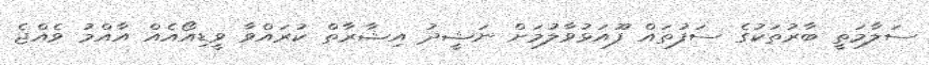
ސަލާމަތީ ބާރުތަކުގެ ސަފުތައް ފޫއަޅުވާލުމަށް ނަޝީދު އިޝާރާތް ކުރައްވާ ވީޑިއޯއެއް އާއްމު ވެއްޖެ